画像に写った文字を読んでください
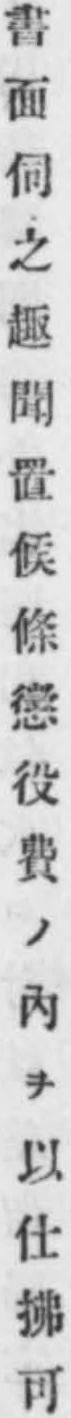
「書面伺之趣聞置候條懲役費ノ內ヲ以仕拂可」と書いてあります